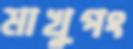
মাখুপং